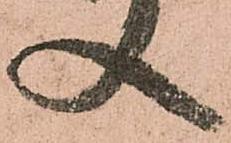
入